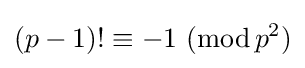
(p-1)!\equiv -1\ (\operatorname {mod} {p^{2}})